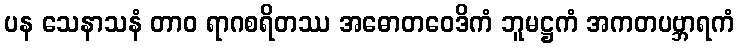
ပန သေနာသနံ တာဝ ရာဂစရိတဿ အဓောတဝေဒိကံ ဘူမဋ္ဌကံ အကတပဗ္ဘာရကံ